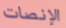
الإنصات